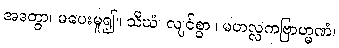
အဒတွာ၊ မပေးမူ၍။ သီဃံ၊ လျင်စွာ။ မဟလ္လကဗြာဟ္မဏံ၊